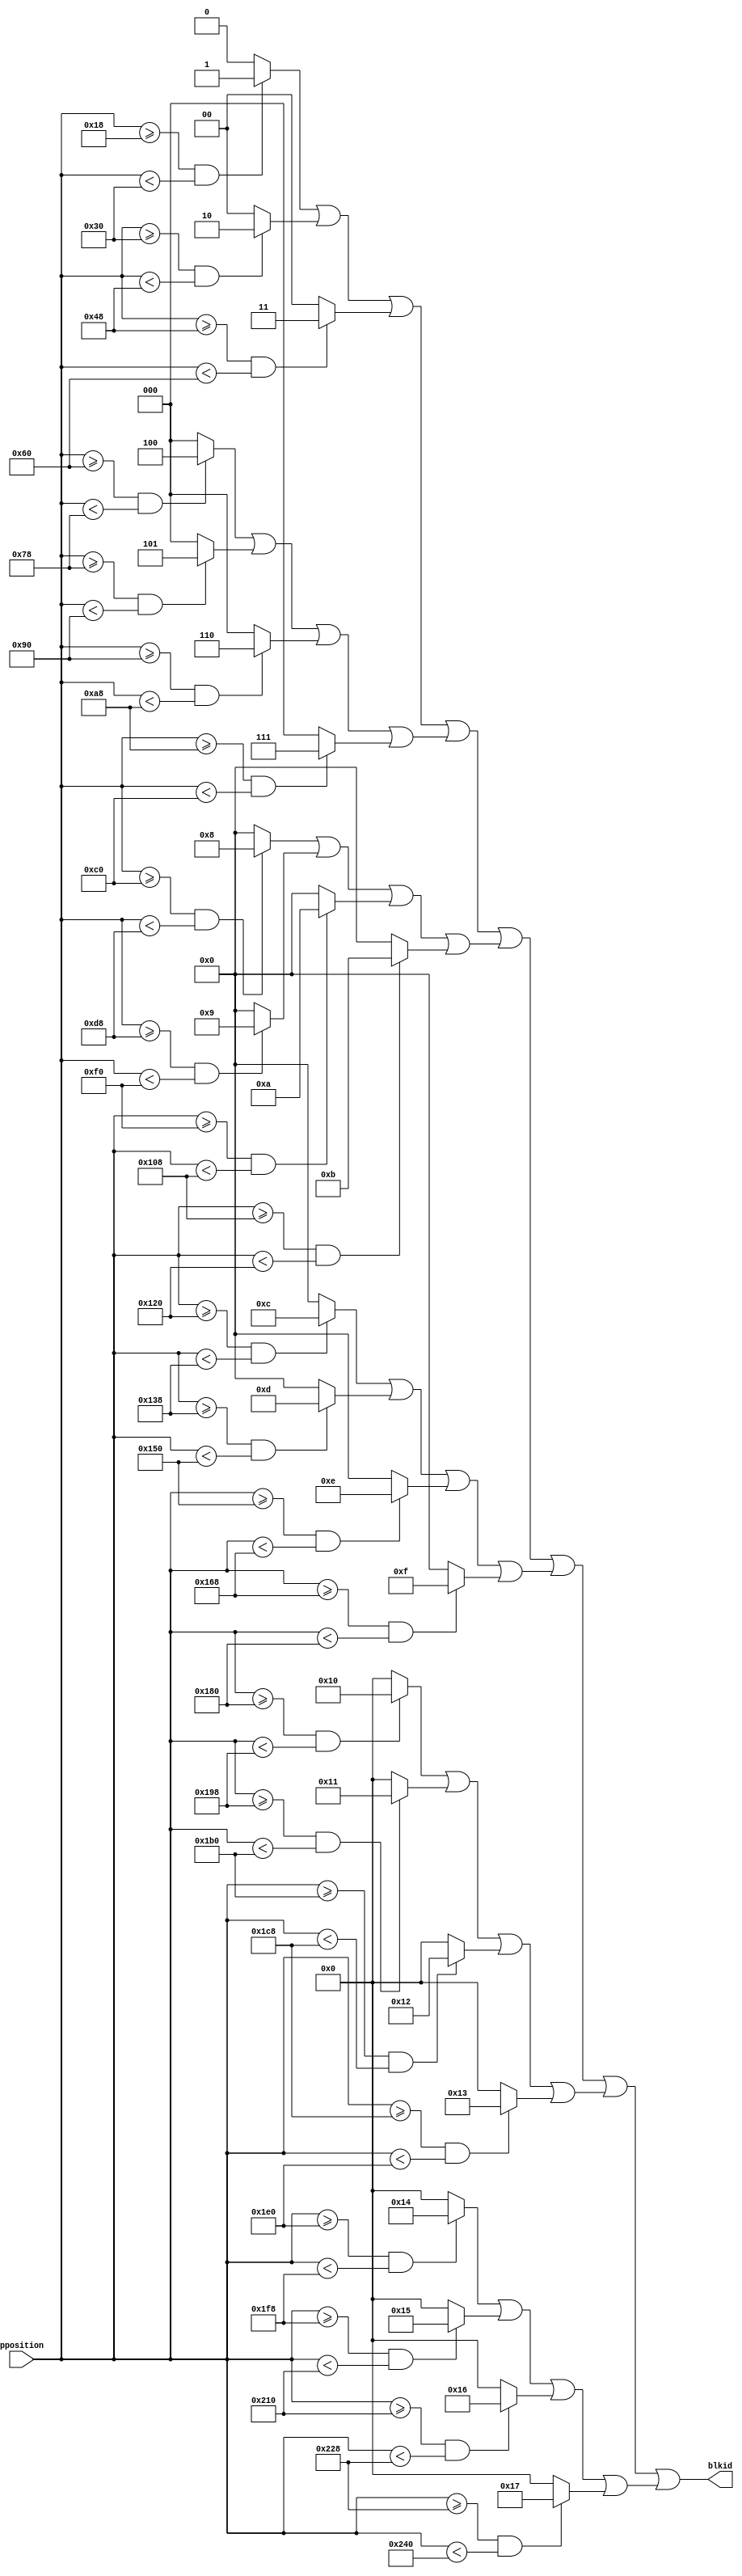
`default_nettype none
`timescale 1ns/1ns


module blknum_horizontal (
    input wire[9:0] pposition, 
    output wire[4:0] blkid
);

    wire locators [0: 24];
    wire [0:4] block1, block2, block3, block4, block5, block6;
    genvar i;
    generate
        for(i = 0; i < 24; i = i + 1) begin
            assign locators[i] = ((pposition >= 24 * i) & (pposition < 24 * (i + 1)));
        end

        assign block1 = (locators[0] ? 5'd0 : 5'b00000) | (locators[1] ? 5'd1 : 5'b00000) | (locators[2] ? 5'd2 : 5'b00000) | (locators[3] ? 5'd3 : 5'b00000);
        assign block2 = (locators[4] ? 5'd4 : 5'b00000) | (locators[5] ? 5'd5 : 5'b00000) | (locators[6] ? 5'd6 : 5'b00000) | (locators[7] ? 5'd7 : 5'b00000);
        assign block3 = (locators[8] ? 5'd8 : 5'b00000) | (locators[9] ? 5'd9 : 5'b00000) | (locators[10] ? 5'd10 : 5'b00000) | (locators[11] ? 5'd11 : 5'b00000);
        assign block4 = (locators[12] ? 5'd12 : 5'b00000) | (locators[13] ? 5'd13 : 5'b00000) | (locators[14] ? 5'd14 : 5'b00000) | (locators[15] ? 5'd15 : 5'b00000);
        assign block5 = (locators[16] ? 5'd16 : 5'b00000) | (locators[17] ? 5'd17 : 5'b00000) | (locators[18] ? 5'd18 : 5'b00000) | (locators[19] ? 5'd19 : 5'b00000);
        assign block6 = (locators[20] ? 5'd20 : 5'b00000) | (locators[21] ? 5'd21 : 5'b00000) | (locators[22] ? 5'd22 : 5'b00000) | (locators[23] ? 5'd23 : 5'b00000);

        assign blkid = block1 | block2 | block3 | block4 | block5 | block6;
    endgenerate
endmodule

module offsetmap(
    input wire[5:0] blkid,
    output wire[9:0] offset
);
    assign offset = (((blkid == 5'd0) ? 10'd0 : 10'd0 | (blkid == 5'd1) ? 10'd24 : 10'd0) 
        | ((blkid == 5'd2) ? 10'd48 : 10'd0 | (blkid == 5'd3) ? 10'd72 : 10'd0) 
        | ((blkid == 5'd4) ? 10'd96 : 10'd0 | (blkid == 5'd5) ? 10'd120: 10'd0)
        | ((blkid == 5'd6) ? 10'd144 : 10'd0 | (blkid == 5'd7) ? 10'd168 : 10'd0) 
        | ((blkid == 5'd8) ? 10'd192 : 10'd0 | (blkid == 5'd9) ? 10'd216 : 10'd0)
        | ((blkid == 5'd10) ? 10'd240 : 10'd0 | (blkid == 5'd11) ? 10'd264 : 10'd0) 
        | ((blkid == 5'd12) ? 10'd288 : 10'd0 | (blkid == 5'd13) ? 10'd312 : 10'd0) 
        | ((blkid == 5'd14) ? 10'd336 : 10'd0 | (blkid == 5'd15) ? 10'd360 : 10'd0) 
        | ((blkid == 5'd16) ? 10'd384 : 10'd0 | (blkid == 5'd17) ? 10'd408 : 10'd0)
        | ((blkid == 5'd18) ? 10'd432 : 10'd0 | (blkid == 5'd19) ? 10'd456 : 10'd0) 
        | ((blkid == 5'd20) ? 10'd480 : 10'd0 | (blkid == 5'd21) ? 10'd504 : 10'd0)); 

endmodule

module blkoffset_horizontal (
    input wire[9:0] pposition, 
    input wire[5:0] blkid,
    output wire[5:0] offset
);
    wire [9:0] base;
    offsetmap o(
        .blkid(blkid),
        .offset(base)
    );

    assign offset = pposition - base;
endmodule